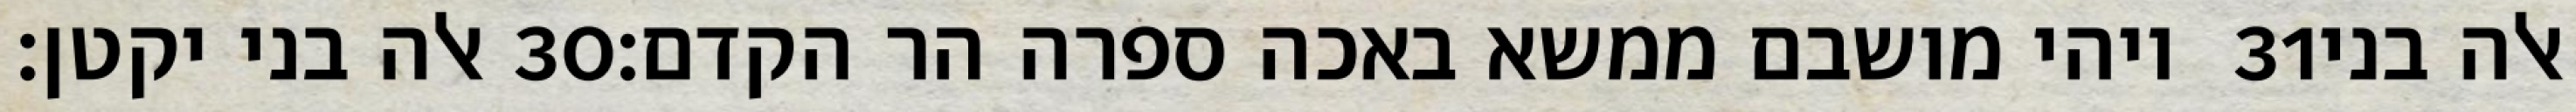
אלה בני יקטן׃ ‎30‏ ויהי מושבם ממשא באכה ספרה הר הקדם׃ ‎31‏ אלה בני